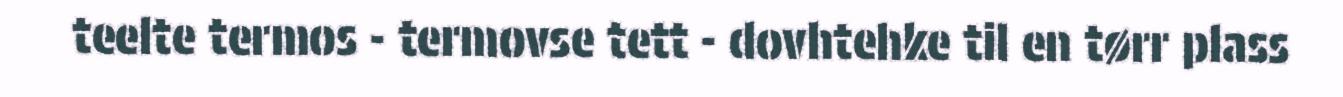
teelte termos - termovse tett - dovhtehke til en tørr plass